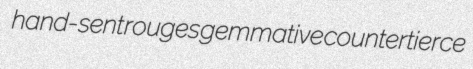
hand-sent rouges gemmative countertierce